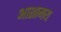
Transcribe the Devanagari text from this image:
आशामय